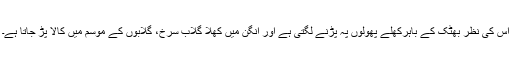
اس کی نظر بھٹک کے باہرکھلے پھولوں پہ پڑنے لگتی ہے اور آنگن میں کھلا گلاب سرخ، گلابوں کے موسم میں کالا پڑ جاتا ہے۔